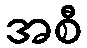
အစီ